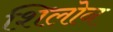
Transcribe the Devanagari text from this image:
शिलोन